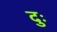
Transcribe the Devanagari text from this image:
दुः